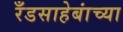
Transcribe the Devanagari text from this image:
रँडसाहेबांच्या